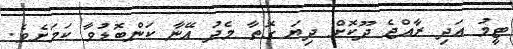
ޓީމު އަދި ރާއްޖެ ދޫކޮށް ދިޔަ ގޮތާ މެދު އޭނާ ކަންބޮޑުވާ ކަމަށެވެ.